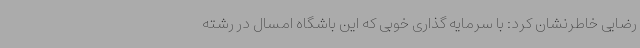
رضایی خاطرنشان کرد: با سرمایه گذاری خوبی که این باشگاه امسال در رشته